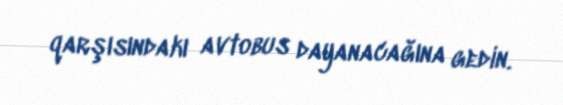
qarşısındakı avtobus dayanacağına gedin.